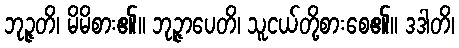
ဘုဉ္ဇတိ၊ မိမိစား၏။ ဘုဉ္ဇာပေတိ၊ သူငယ်တို့စားစေ၏။ ဒဒါတိ၊